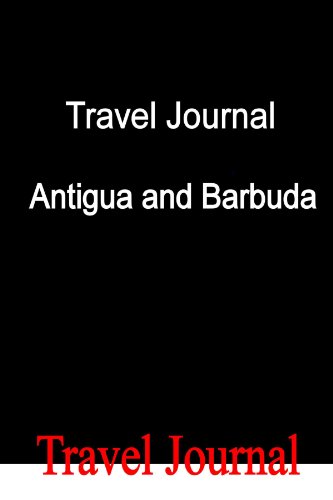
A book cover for Travel Journal Antigua and Barbuda; E Locken; Travel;